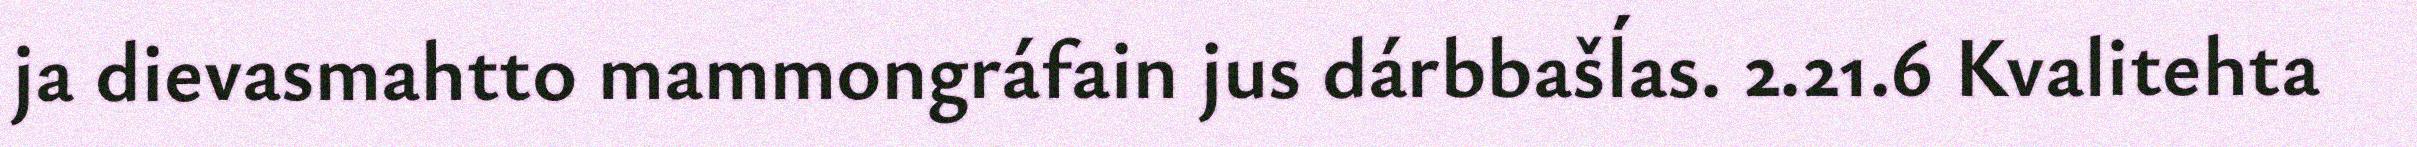
ja dievasmahtto mammongráfain jus dárbbašĺas. 2.21.6 Kvalitehta